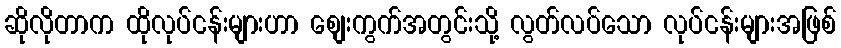
ဆိုလိုတာက ထိုလုပ်ငန်းများဟာ စျေးကွက်အတွင်းသို့ လွတ်လပ်သော လုပ်ငန်းများအဖြစ်